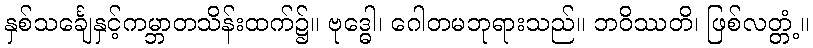
နှစ်သင်္ချေနှင့်ကမ္ဘာတသိန်းထက်၌။ ဗုဒ္ဓေါ၊ ဂေါတမဘုရားသည်။ ဘဝိဿတိ၊ ဖြစ်လတ္တံ့။